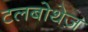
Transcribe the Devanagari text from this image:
टलबोथेज़